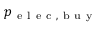
p _ { \mathrm { ~ e ~ l ~ e ~ c ~ } , \mathrm { ~ b ~ u ~ y ~ } }